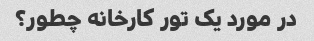
در مورد یک تور کارخانه چطور؟